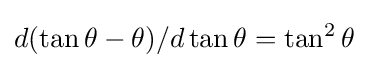
d(\tan \theta -\theta )/d\tan \theta =\tan ^{2}\theta